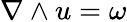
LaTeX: \nabla\wedge u=\omega